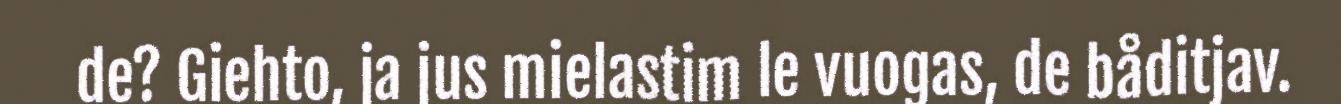
de? Giehto, ja jus mielastim le vuogas, de båditjav.